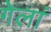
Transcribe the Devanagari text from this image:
गेलां